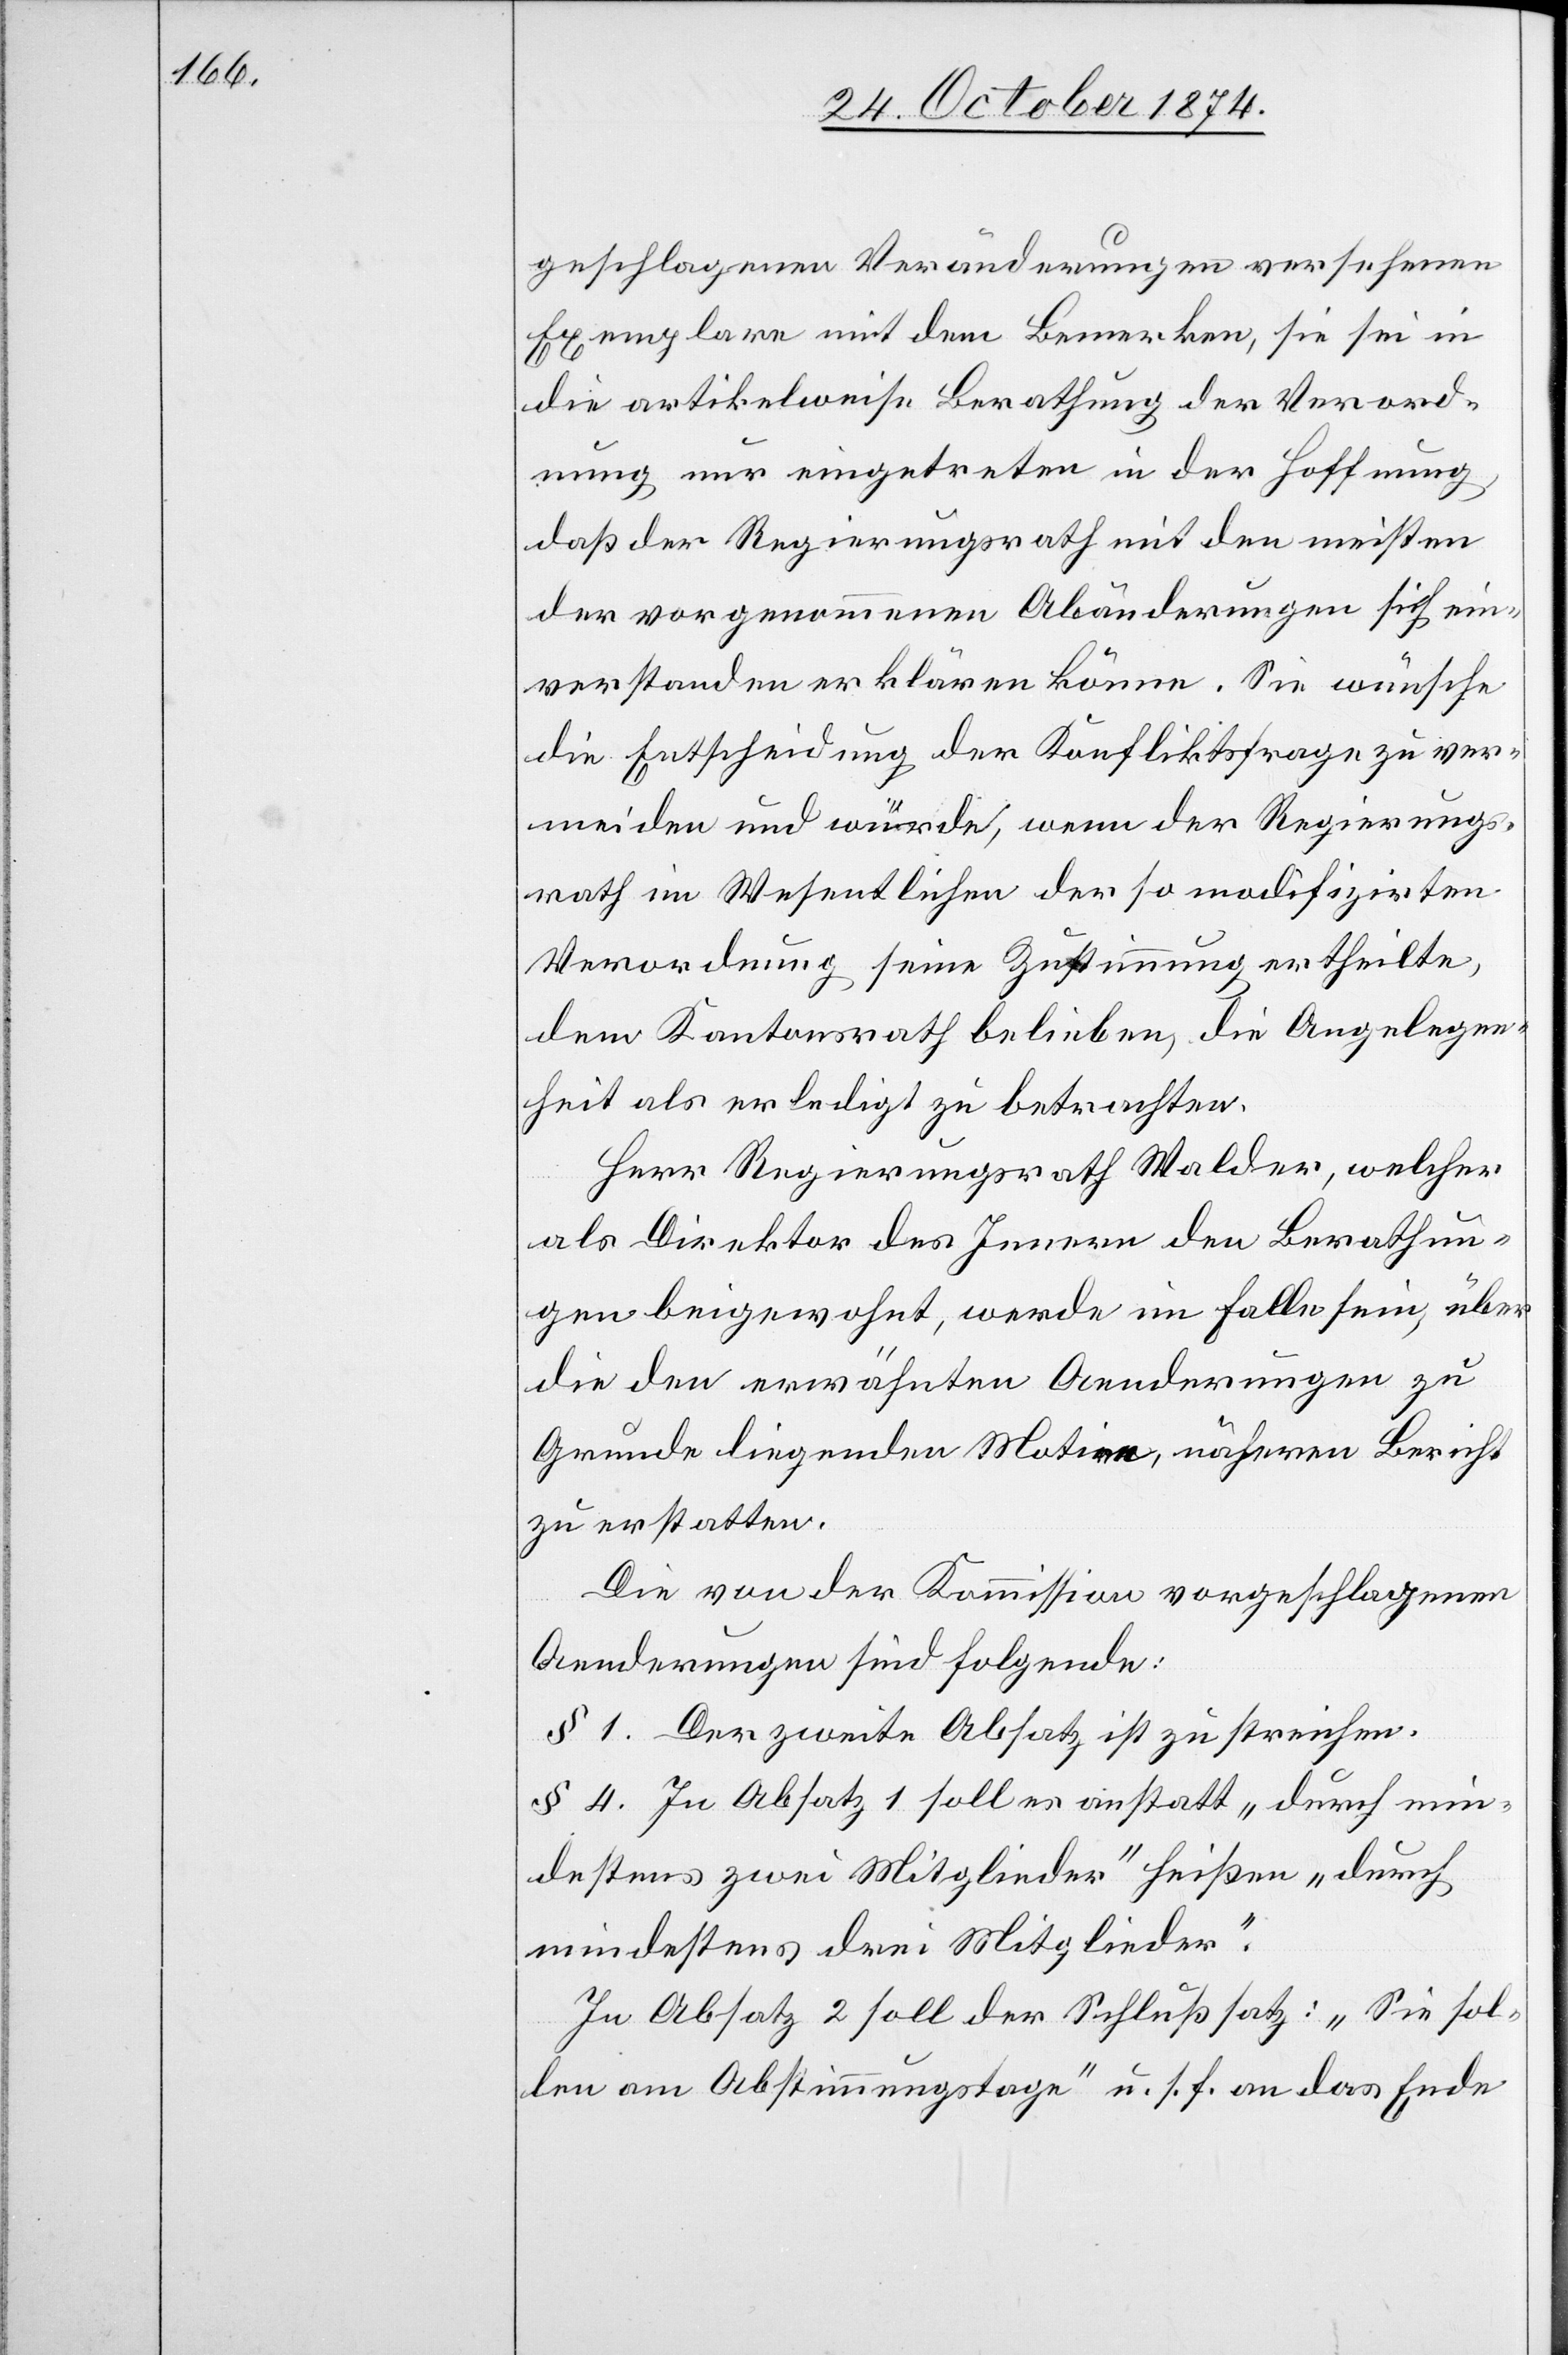
geschlagenen Veränderungen versehenen
Exemplare mit dem Bemerken, sie sei in
die artikelweise Berathung der Verord¬
nung nur eingetreten in der Hoffnung,
daß der Regierungsrath mit den meisten
der vorgenommenen Abänderungen sich ein¬
verstanden erklären könne. Sie wünsche
die Entscheidung der Konfliktfrage zu ver¬
meiden und würde, wenn der Regierungs¬
rath im Wesentlichen der so modifizirten
Verordnung seine Zustimmung ertheilte,
dem Kantonsrath belieben, die Angelegen¬
heit als erledigt zu betrachten.
Herr Regierungsrath Walder, welcher
als Direktor des Innern den Berathun¬
gen beigewohnt, werde im Falle sein, über
die den erwähnten Aenderungen zu
Grunde liegenden Motive, näheren Bericht
zu erstatten.
Die von der Kommission vorgeschlagenen
Aenderungen sind folgende:
§ 1. Der zweite Absatz ist zu streichen.
§ 4. In Absatz 1 soll es anstatt „durch min¬
destens zwei Mitglieder“ heißen „durch
mindestens drei Mitglieder“.
In Absatz 2 soll der Schlußsatz: „Sie sol¬
len am Abstimmungstage“ u. s. f. an das Ende